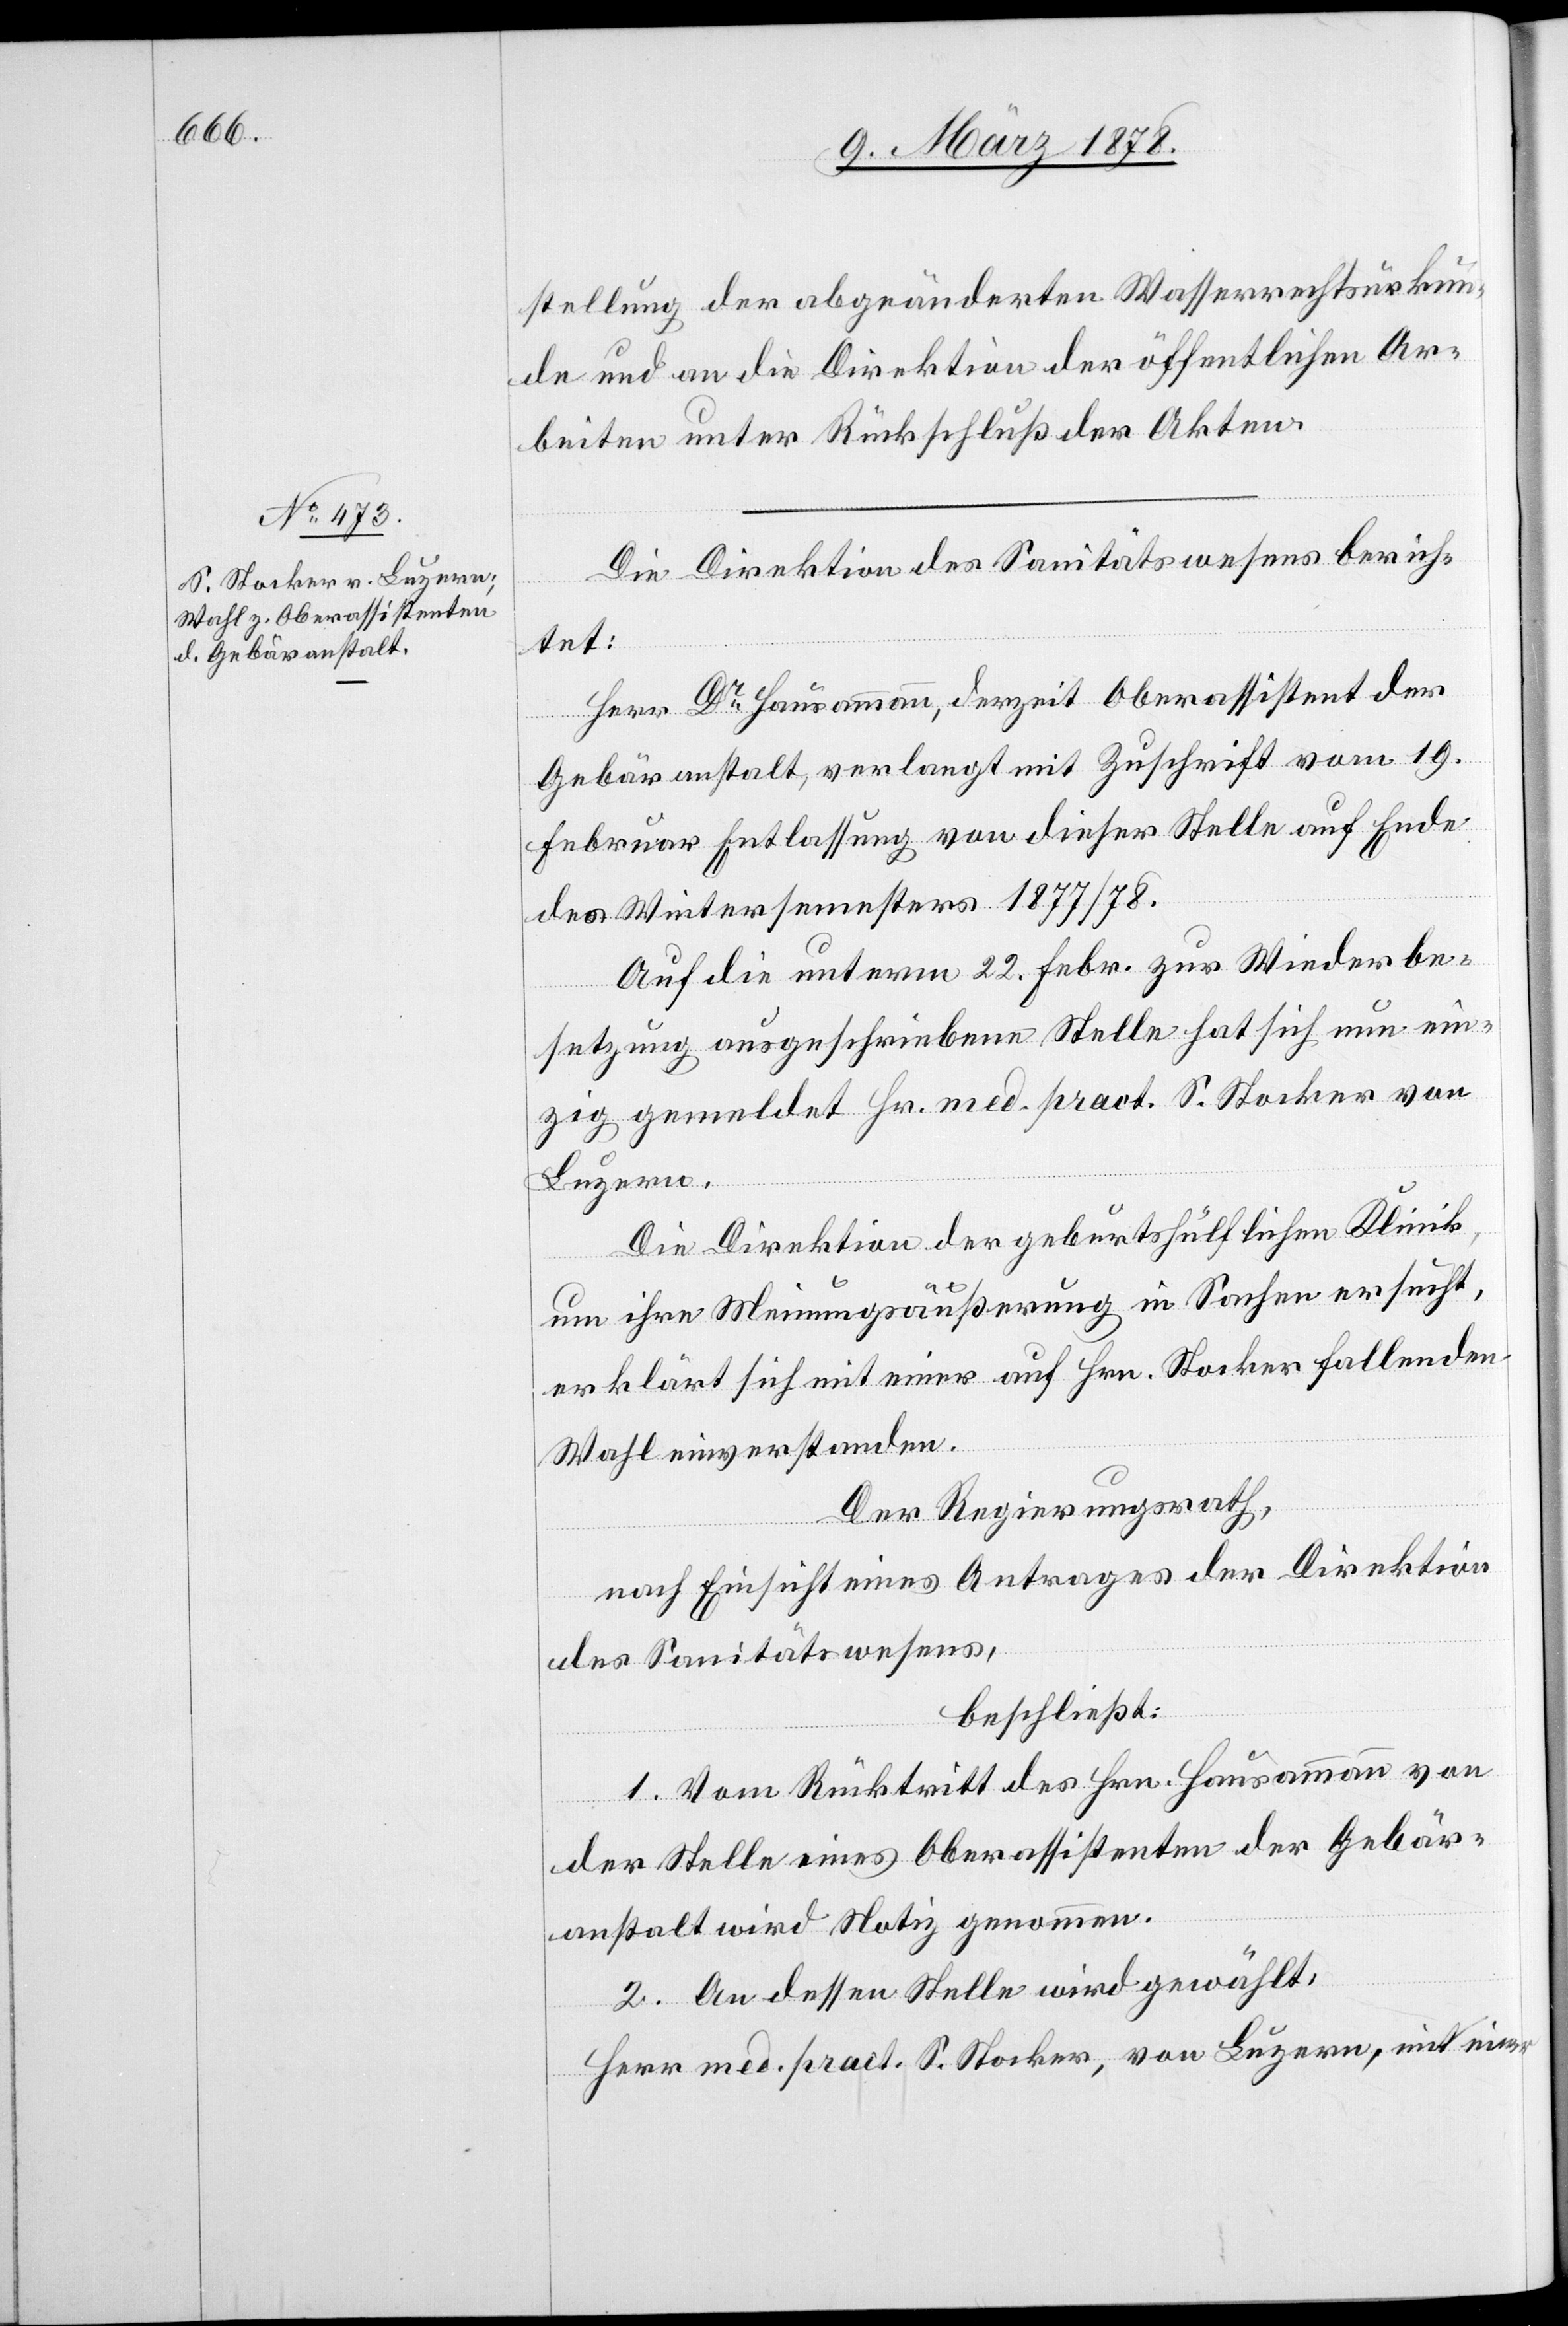
stellung der abgeänderten Wasserrechtsurkun¬
de und an die Direktion der öffentlichen Ar¬
beiten unter Rückschluß der Akten.
Die Direktion des Sanitätswesens berich¬
tet:
Herr Dr Hausammann, derzeit Oberassistent der
Gebäranstalt, verlangt mit Zuschrift vom 19.
Februar Entlassung von dieser Stelle auf Ende
des Wintersemesters 1877/78.
Auf die unterm 22. Febr. zur Wiederbe¬
setzung ausgeschriebene Stelle hat sich nun ein¬
zig gemeldet Hr. med. pract. S. Stocker von
Luzern.
Die Direktion der geburtshülflichen Klinik,
um ihre Meinungsäußerung in Sachen ersucht,
erklärt sich mit einer auf Hrn. Stocker fallenden
Wahl einverstanden.
Der Regierungsrath,
nach Einsicht eines Antrages der Direktion
des Sanitätswesens,
beschließt:
1. Vom Rücktritt des Hrn. Hausammann von
der Stelle eines Oberassistenten der Gebär¬
anstalt wird Notiz genommen.
2. An dessen Stelle wird gewählt:
Herr med. pract. S. Stocker, von Luzern, mit einer